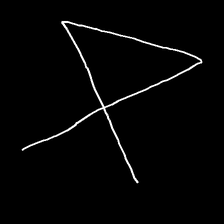
Glyph: collection